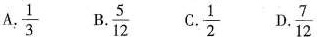
A.\frac{1}{3} B.\frac{5}{12} C.\frac{1}{2} D.\frac{7}{12}